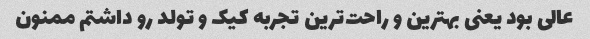
عالی بود یعنی بهترین و راحت‌ترین تجربه کیک و تولد رو داشتم ممنون